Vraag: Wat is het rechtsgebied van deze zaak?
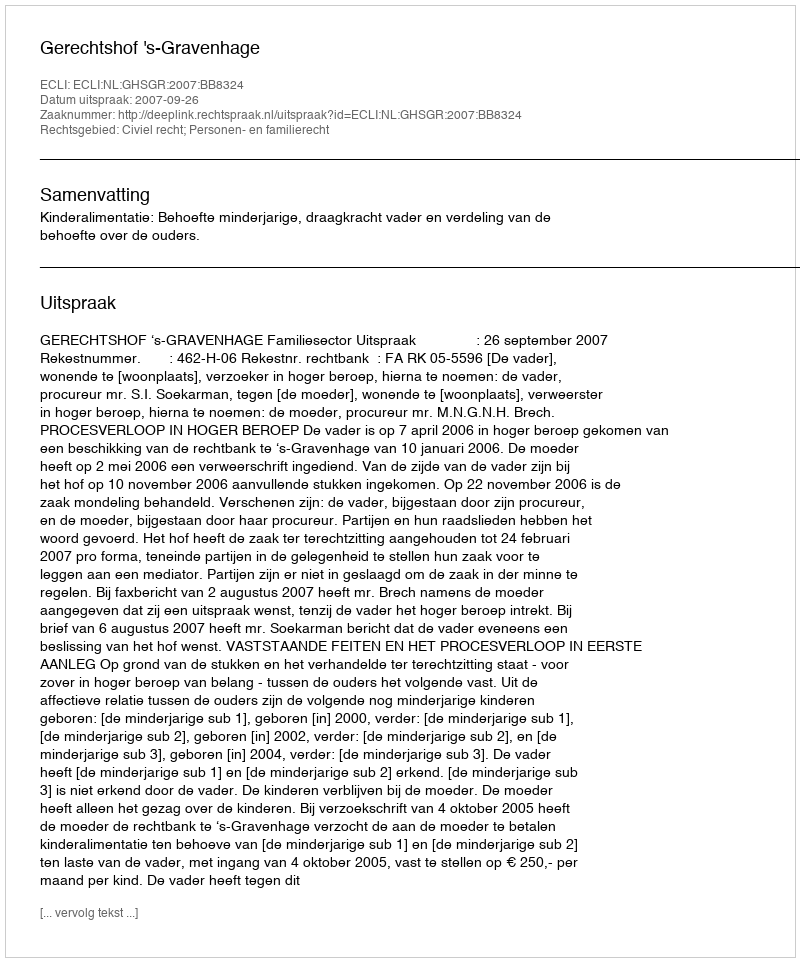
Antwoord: Civiel recht; Personen- en familierecht